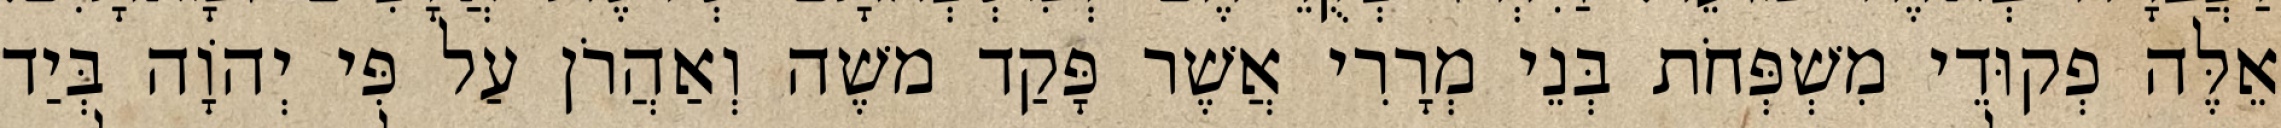
אֵלֶּה פְקוּדֵי מִשְׁפְּחֹת בְּנֵי מְרָרִי אֲשֶׁר פָּקַד משֶׁה וְאַהֲרֹן עַל פִּי יְהוָֹה בְּיַד